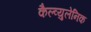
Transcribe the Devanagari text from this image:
कैल्व्युलेनिक